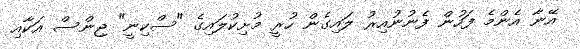
އޭނާ އެންމެ ފަހުން ފެނުނުއިރު ލައިގެން ހުރީ މުށިކުލައިގެ "ސްކިނީ" ޖިންސް އަކާއި